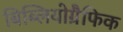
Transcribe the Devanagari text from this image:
बिब्लियोग्रैफिक